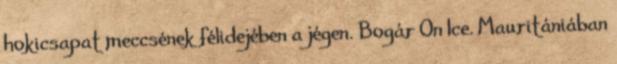
hokicsapat meccsének félidejében a jégen. Bogár On Ice. Mauritániában